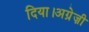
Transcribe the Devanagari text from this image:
दिया।अग्रेज़ी